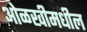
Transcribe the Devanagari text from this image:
ओळखीमधील